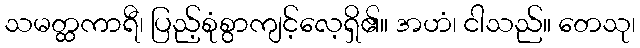
သမတ္ထကာရီ၊ ပြည့်စုံစွာကျင့်လေ့ရှိ၏။ အဟံ၊ ငါသည်။ တေသု၊